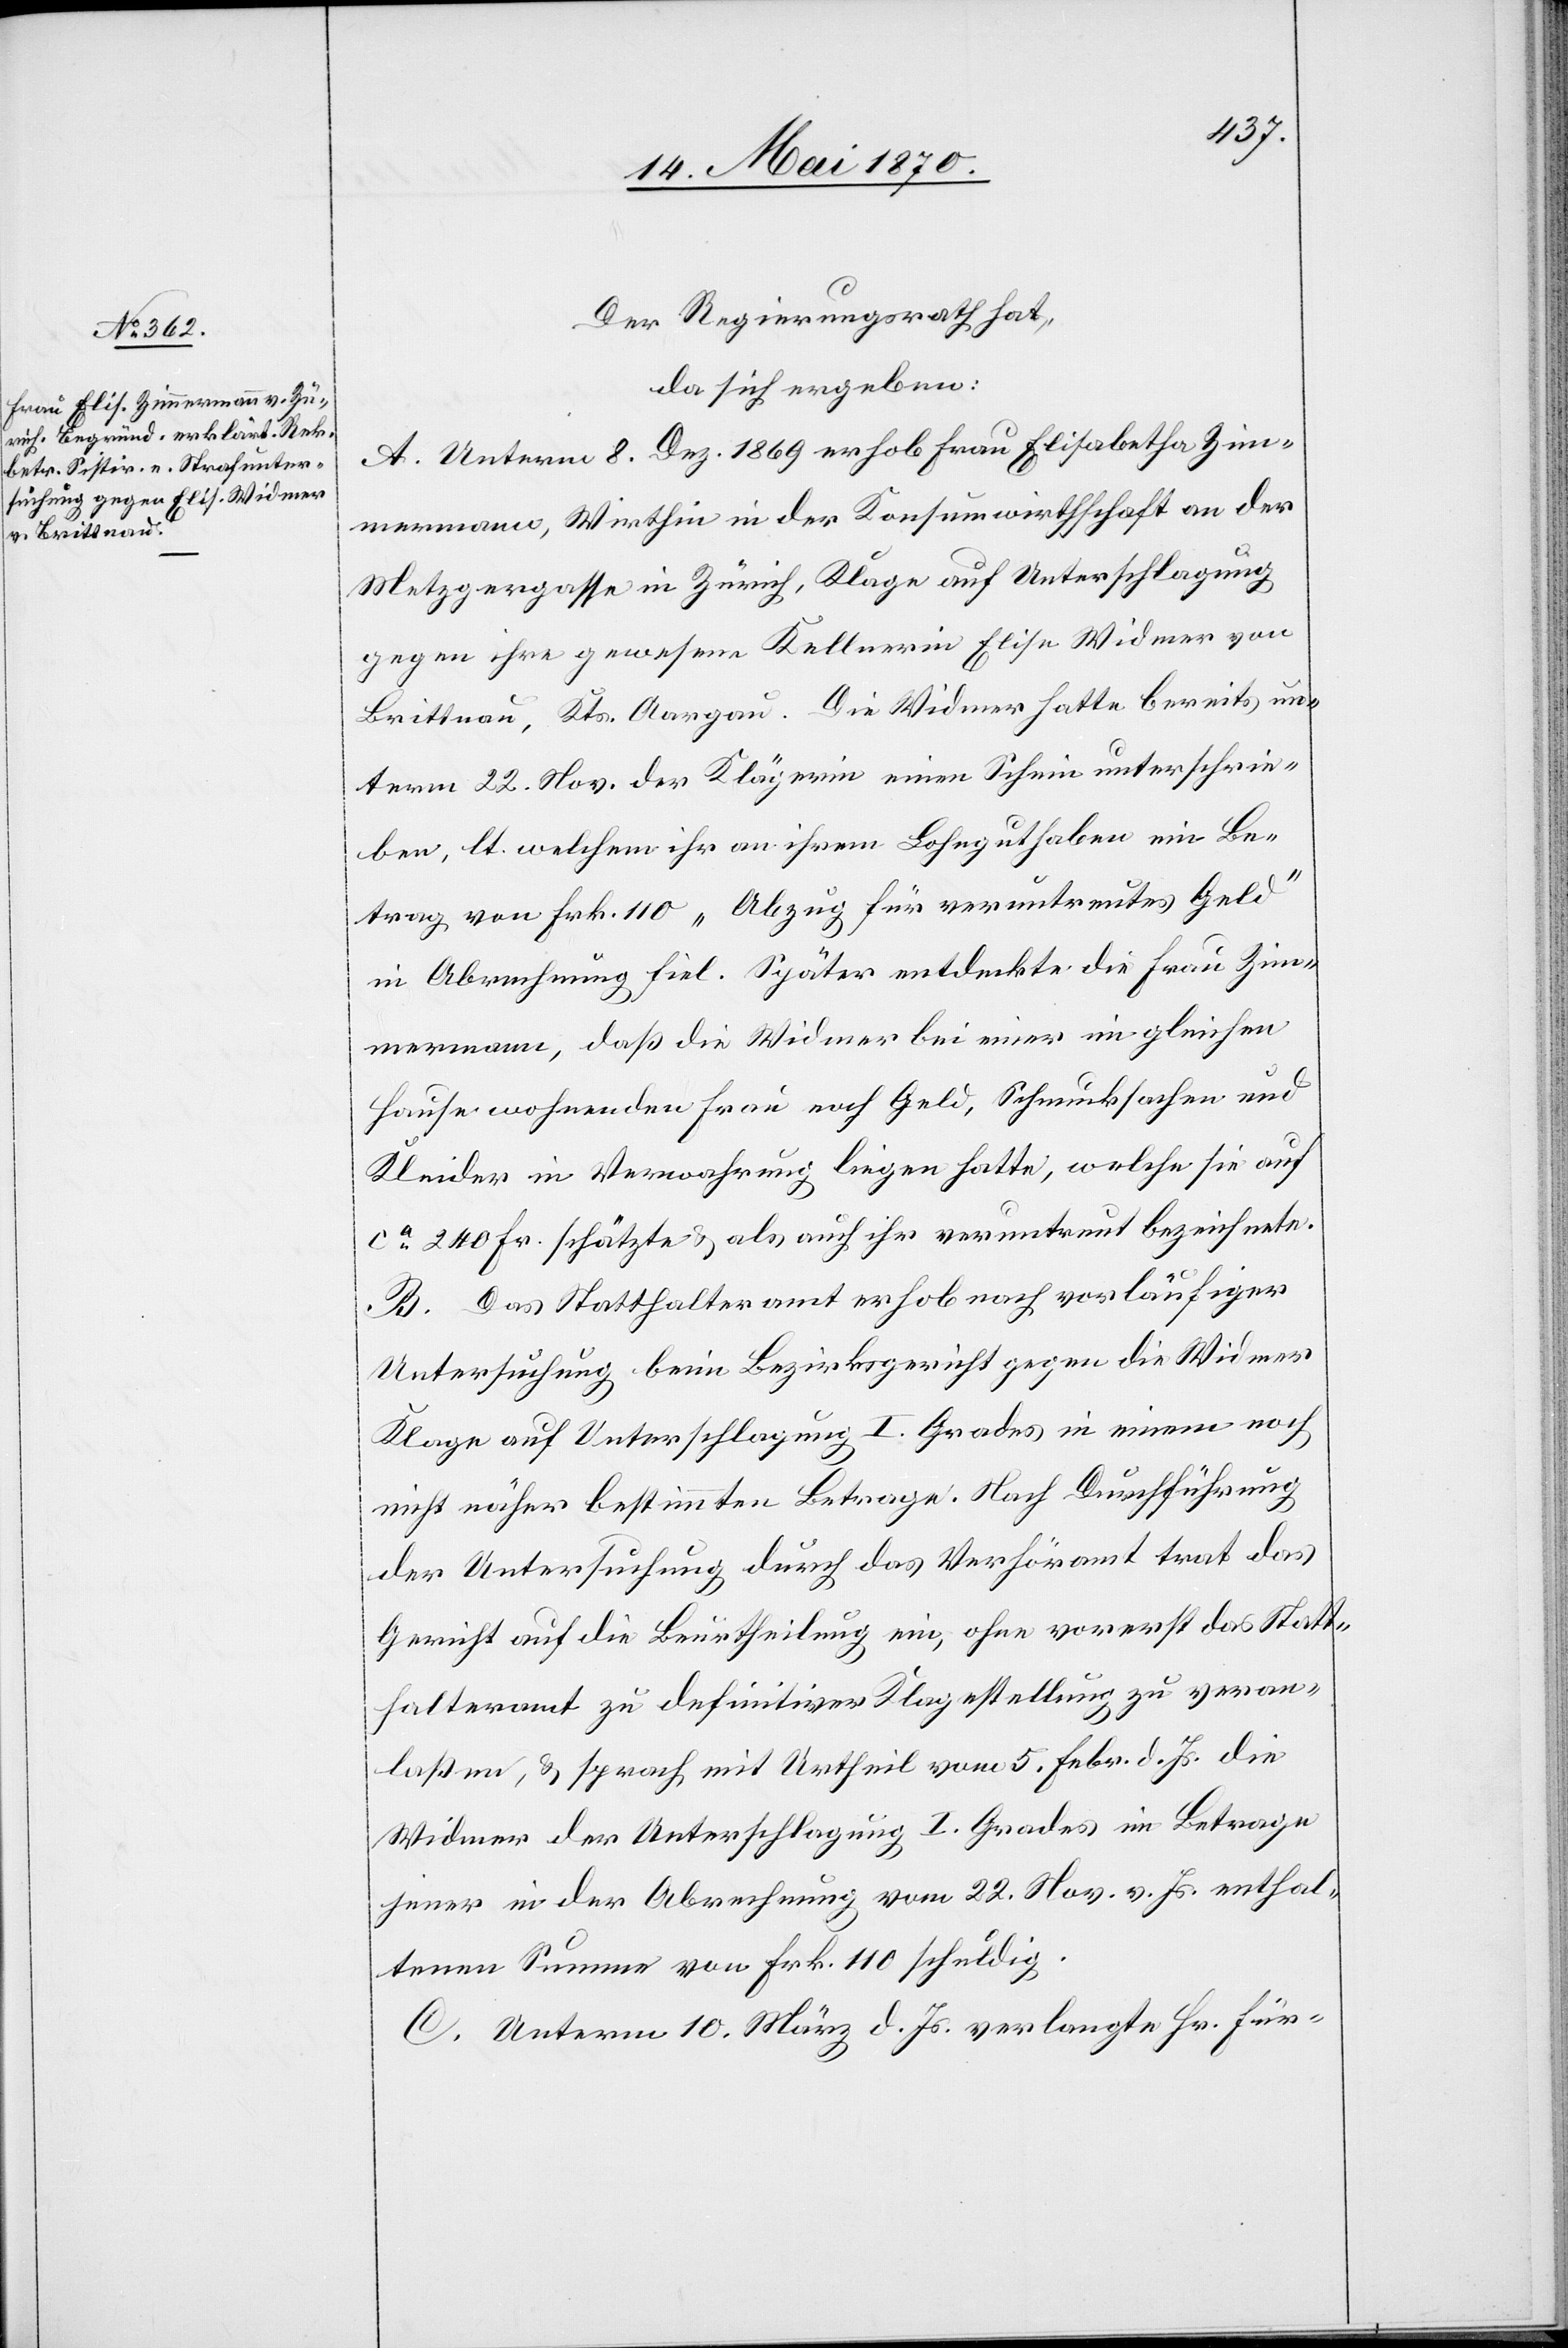
Der Regierungsrath hat,
da sich ergeben:
A. Unterm 8. Dez. 1869 erhob Frau Elisabetha Zim¬
mermann, Wirthin in der Konsumwirthschaft an der
Metzgergasse in Zürich, Klage auf Unterschlagung
gegen ihre gewesene Kellnerin Elisa Widmer von
Brittnau, Kts. Aargau. Die Widmer hatte bereits un¬
term 22. Nov. der Klägerin einen Schein unterschrie¬
ben, lt. welchem ihr an ihrem Lohnguthaben ein Be¬
trag von Frk. 110 „Abzug für veruntreutes Geld“
in Abrechnung fiel. Später entdeckte die Frau Zim¬
mermann, daß die Widmer bei einer im gleichen
Hause wohnenden Frau noch Geld, Schmucksachen und
Kleider in Verwahrung liegen hatte, welche sie auf
ca 240 Fr. schätzte & als auch ihr veruntreut bezeichnete.
B. Das Statthalteramt erhob nach vorläufiger
Untersuchung beim Bezirksgericht gegen die Widmer
Klage auf Unterschlagung I. Grades in einem noch
nicht näher bestimmten Betrage. Nach Durchführung
der Untersuchung durch das Verhöramt trat das
Gericht auf die Beurtheilung ein, ohne vorerst das Statt¬
halteramt zu definitiver Klagestellung zu veran¬
laßen, & sprach mit Urtheil vom 5. Febr. d. Js. die
Widmer der Unterschlagung I. Grades im Betrage
jener in der Abrechnung vom 22. Nov. vor. Js. enthal¬
tenen Summe von Frk. 110 schuldig.
C. Unterm 10. März d. Js. verlangte Hr. Für-